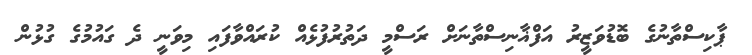
ޕާކިސްތާނުގެ ބޮޑުވަޒީރު އަފްޣާނިސްތާނަށް ރަސްމީ ދަތުރުފުޅެއް ކުރައްވާފައި މިވަނީ ދެ ގައުމުގެ ގުޅުން